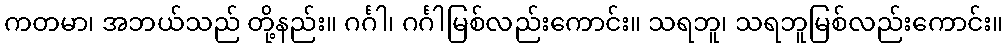
ကတမာ၊ အဘယ်သည် တို့နည်း။ ဂင်္ဂါ၊ ဂင်္ဂါမြစ်လည်းကောင်း။ သရဘူ၊ သရဘူမြစ်လည်းကောင်း။